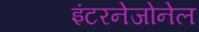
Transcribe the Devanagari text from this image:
इंटरनेजोनेल